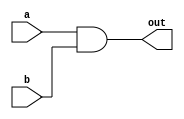
/* 
 And gate
*/
module and_gate
(
 a,
 b,
 out
 );

   input a;
   input b;

   output out;

   assign out = a & b;
 
endmodule // and_gate